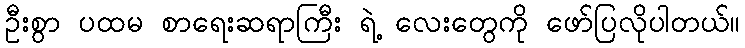
ဦးစွာ ပထမ စာရေးဆရာကြီး ရဲ့ လေးတွေကို ဖော်ပြလိုပါတယ်။